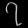
Digit: ၇